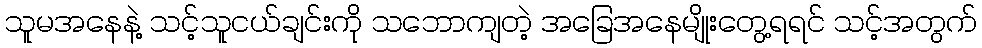
သူမအနေနဲ့ သင့်သူငယ်ချင်းကို သဘောကျတဲ့ အခြေအနေမျိုးတွေ့ရရင် သင့်အတွက်